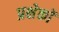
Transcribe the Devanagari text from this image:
प्रक्षेकों